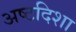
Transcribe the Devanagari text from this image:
अष्टदिशा